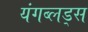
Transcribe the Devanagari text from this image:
यंगब्लड्स